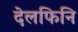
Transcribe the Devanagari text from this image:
देलफिनि